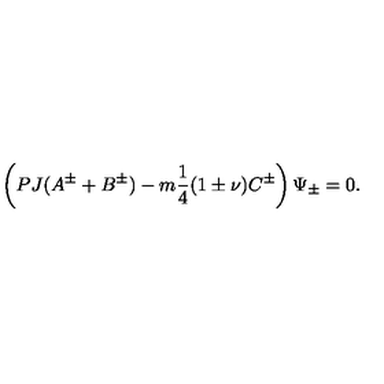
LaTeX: \left( P J ( A ^ { \pm } + B ^ { \pm } ) - m \frac { 1 } { 4 } ( 1 \pm \nu ) C ^ { \pm } \right) \Psi _ { \pm } = 0 .